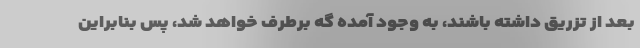
بعد از تزریق داشته باشند، به وجود آمده گه برطرف خواهد شد، پس بنابراین